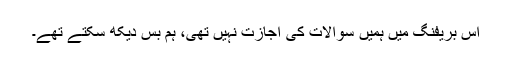
اس بریفنگ میں ہمیں سوالات کی اجازت نہیں تھی، ہم بس دیکھ سکتے تھے۔